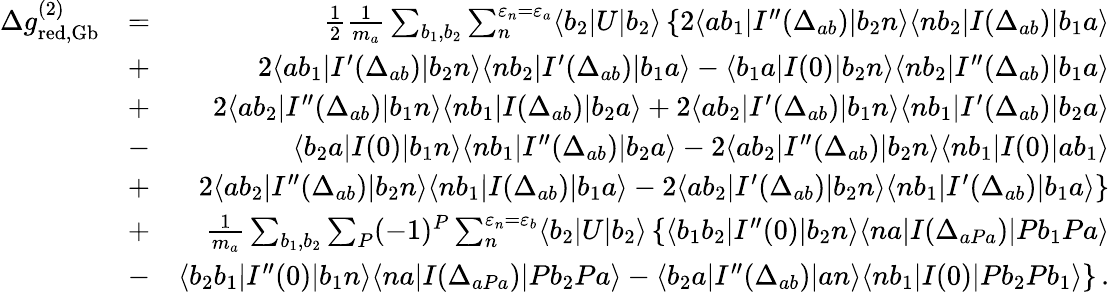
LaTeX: \begin{array}{rlr}{\Delta g_{\mathrm{red,Gb}}^{(2)}}&{=}&{\frac 12\frac{1}{m_{a}}\sum_{b_{1},b_{2}}\sum_{n}^{\varepsilon_{n}=\varepsilon_{a}}\langle b_{2}|U|b_{2}\rangle\left\{ 2\langle ab_{1}|I^{\prime\prime}(\Delta_{ab})|b_{2}n\rangle\langle nb_{2}|I(\Delta_{ab})|b_{1}a\rangle\right.}\\ &{+}&{2\langle ab_{1}|I^{\prime}(\Delta_{ab})|b_{2}n\rangle\langle nb_{2}|I^{\prime}(\Delta_{ab})|b_{1}a\rangle-\langle b_{1}a|I(0)|b_{2}n\rangle\langle nb_{2}|I^{\prime\prime}(\Delta_{ab})|b_{1}a\rangle}\\ &{+}&{2\langle ab_{2}|I^{\prime\prime}(\Delta_{ab})|b_{1}n\rangle\langle nb_{1}|I(\Delta_{ab})|b_{2}a\rangle+2\langle ab_{2}|I^{\prime}(\Delta_{ab})|b_{1}n\rangle\langle nb_{1}|I^{\prime}(\Delta_{ab})|b_{2}a\rangle}\\ &{-}&{\langle b_{2}a|I(0)|b_{1}n\rangle\langle nb_{1}|I^{\prime\prime}(\Delta_{ab})|b_{2}a\rangle-2\langle ab_{2}|I^{\prime\prime}(\Delta_{ab})|b_{2}n\rangle\langle nb_{1}|I(0)|ab_{1}\rangle}\\ &{+}&{\left.2\langle ab_{2}|I^{\prime\prime}(\Delta_{ab})|b_{2}n\rangle\langle nb_{1}|I(\Delta_{ab})|b_{1}a\rangle-2\langle ab_{2}|I^{\prime}(\Delta_{ab})|b_{2}n\rangle\langle nb_{1}|I^{\prime}(\Delta_{ab})|b_{1}a\rangle\right\} }\\ &{+}&{\frac{1}{m_{a}}\sum_{b_{1},b_{2}}\sum_{P}(-1)^{P}\sum_{n}^{\varepsilon_{n}=\varepsilon_{b}}\langle b_{2}|U|b_{2}\rangle\left\{ \langle b_{1}b_{2}|I^{\prime\prime}(0)|b_{2}n\rangle\langle na|I(\Delta_{aPa})|Pb_{1}Pa\rangle\right.}\\ &{-}&{\left.\langle b_{2}b_{1}|I^{\prime\prime}(0)|b_{1}n\rangle\langle na|I(\Delta_{aPa})|Pb_{2}Pa\rangle-\langle b_{2}a|I^{\prime\prime}(\Delta_{ab})|an\rangle\langle nb_{1}|I(0)|Pb_{2}Pb_{1}\rangle\right\} \, .}\end{array}